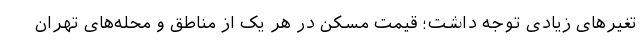
تغیرهای زیادی توجه داشت؛ قیمت مسکن در هر یک از مناطق و محله‌های تهران